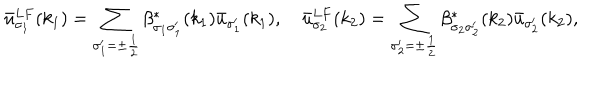
LaTeX: \bar { u } _ { \sigma _ { 1 } } ^ { L F } ( k _ { 1 } ) = \sum _ { \sigma _ { 1 } ^ { \prime } = \pm \frac { 1 } { 2 } } \beta _ { \sigma _ { 1 } \sigma _ { 1 } ^ { \prime } } ^ { * } ( k _ { 1 } ) \bar { u } _ { \sigma _ { 1 } ^ { \prime } } ( k _ { 1 } ) , \quad \bar { u } _ { \sigma _ { 2 } } ^ { L F } ( k _ { 2 } ) = \sum _ { \sigma _ { 2 } ^ { \prime } = \pm \frac { 1 } { 2 } } \beta _ { \sigma _ { 2 } \sigma _ { 2 } ^ { \prime } } ^ { * } ( k _ { 2 } ) \bar { u } _ { \sigma _ { 2 } ^ { \prime } } ( k _ { 2 } ) ,